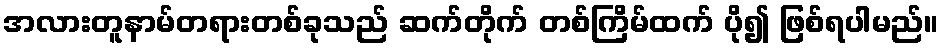
အလားတူနာမ်တရားတစ်ခုသည် ဆက်တိုက် တစ်ကြိမ်ထက် ပို၍ ဖြစ်ရပါမည်။